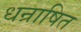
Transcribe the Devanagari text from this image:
धन्राषित